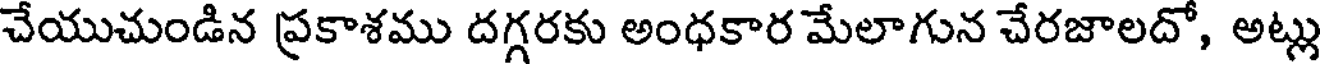
చేయుచుండిన ప్రకాశము దగ్గరకు అంధకార మేలాగున చేరజాలదో, అట్లు